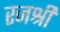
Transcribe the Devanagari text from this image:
रजश्री